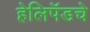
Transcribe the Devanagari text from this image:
हेलिपॅडचे